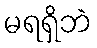
မရရှိဘဲ